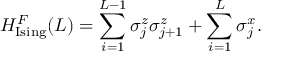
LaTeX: H _ { \mathrm { I s i n g } } ^ { F } ( L ) = \sum _ { i = 1 } ^ { L - 1 } { \sigma _ { j } ^ { z } } { \sigma _ { j + 1 } ^ { z } } + \sum _ { i = 1 } ^ { L } { \sigma _ { j } ^ { x } } .